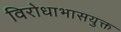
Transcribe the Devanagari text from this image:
विरोधाभासयुक्त